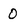
Character: 0